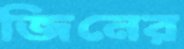
জিনের